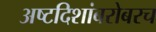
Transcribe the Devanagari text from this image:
अष्टदिशांबरोबरच